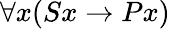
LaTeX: \forall x(Sx\rightarrow Px)